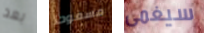
بعد مسموحا سيغمى